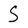
Character: S